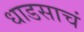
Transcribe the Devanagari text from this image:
धाडसाचं